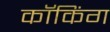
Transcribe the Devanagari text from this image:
कॉकिंग